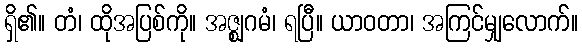
ရှိ၏။ တံ၊ ထိုအပြစ်ကို။ အဇ္ဈဂမံ၊ ရပြီ။ ယာဝတာ၊ အကြင်မျှလောက်။